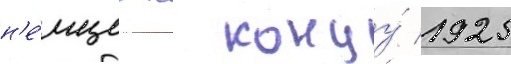
н'е́мцев к концу́ 1925